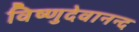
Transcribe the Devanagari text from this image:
विष्णुदेवानन्द